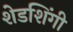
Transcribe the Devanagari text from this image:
शेडशिंगी